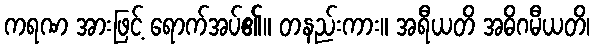
ကရဏ အားဖြင့် ရောက်အပ်၏။ တနည်းကား။ အရီယတိ အဓိဂမီယတိ၊